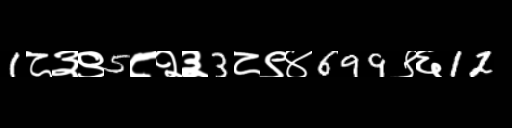
Text: 1८३९5८२३3८९४699९६12